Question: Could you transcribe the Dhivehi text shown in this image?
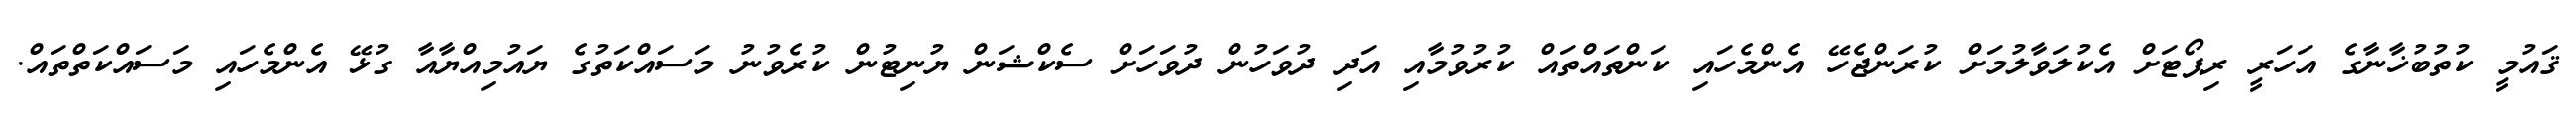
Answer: ޤައުމީ ކުތުބުޚާނާގެ އަހަރީ ރިޕޯޓަށް އެކުލަވާލުމަށް ކުރަންޖެހޭ އެންމެހައި ކަންތައްތައް ކުރުވުމާއި އަދި ދުވަހުން ދުވަހަށް ސެކްޝަން ޔުނިޓުން ކުރެވުނު މަސައްކަތުގެ ޔައުމިއްޔާއާ ގުޅޭ އެންމެހައި މަސައްކަތްތައް.